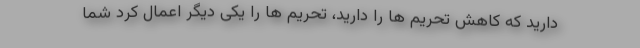
دارید که کاهش تحریم ها را دارید، تحریم ها را یکی دیگر اعمال کرد شما